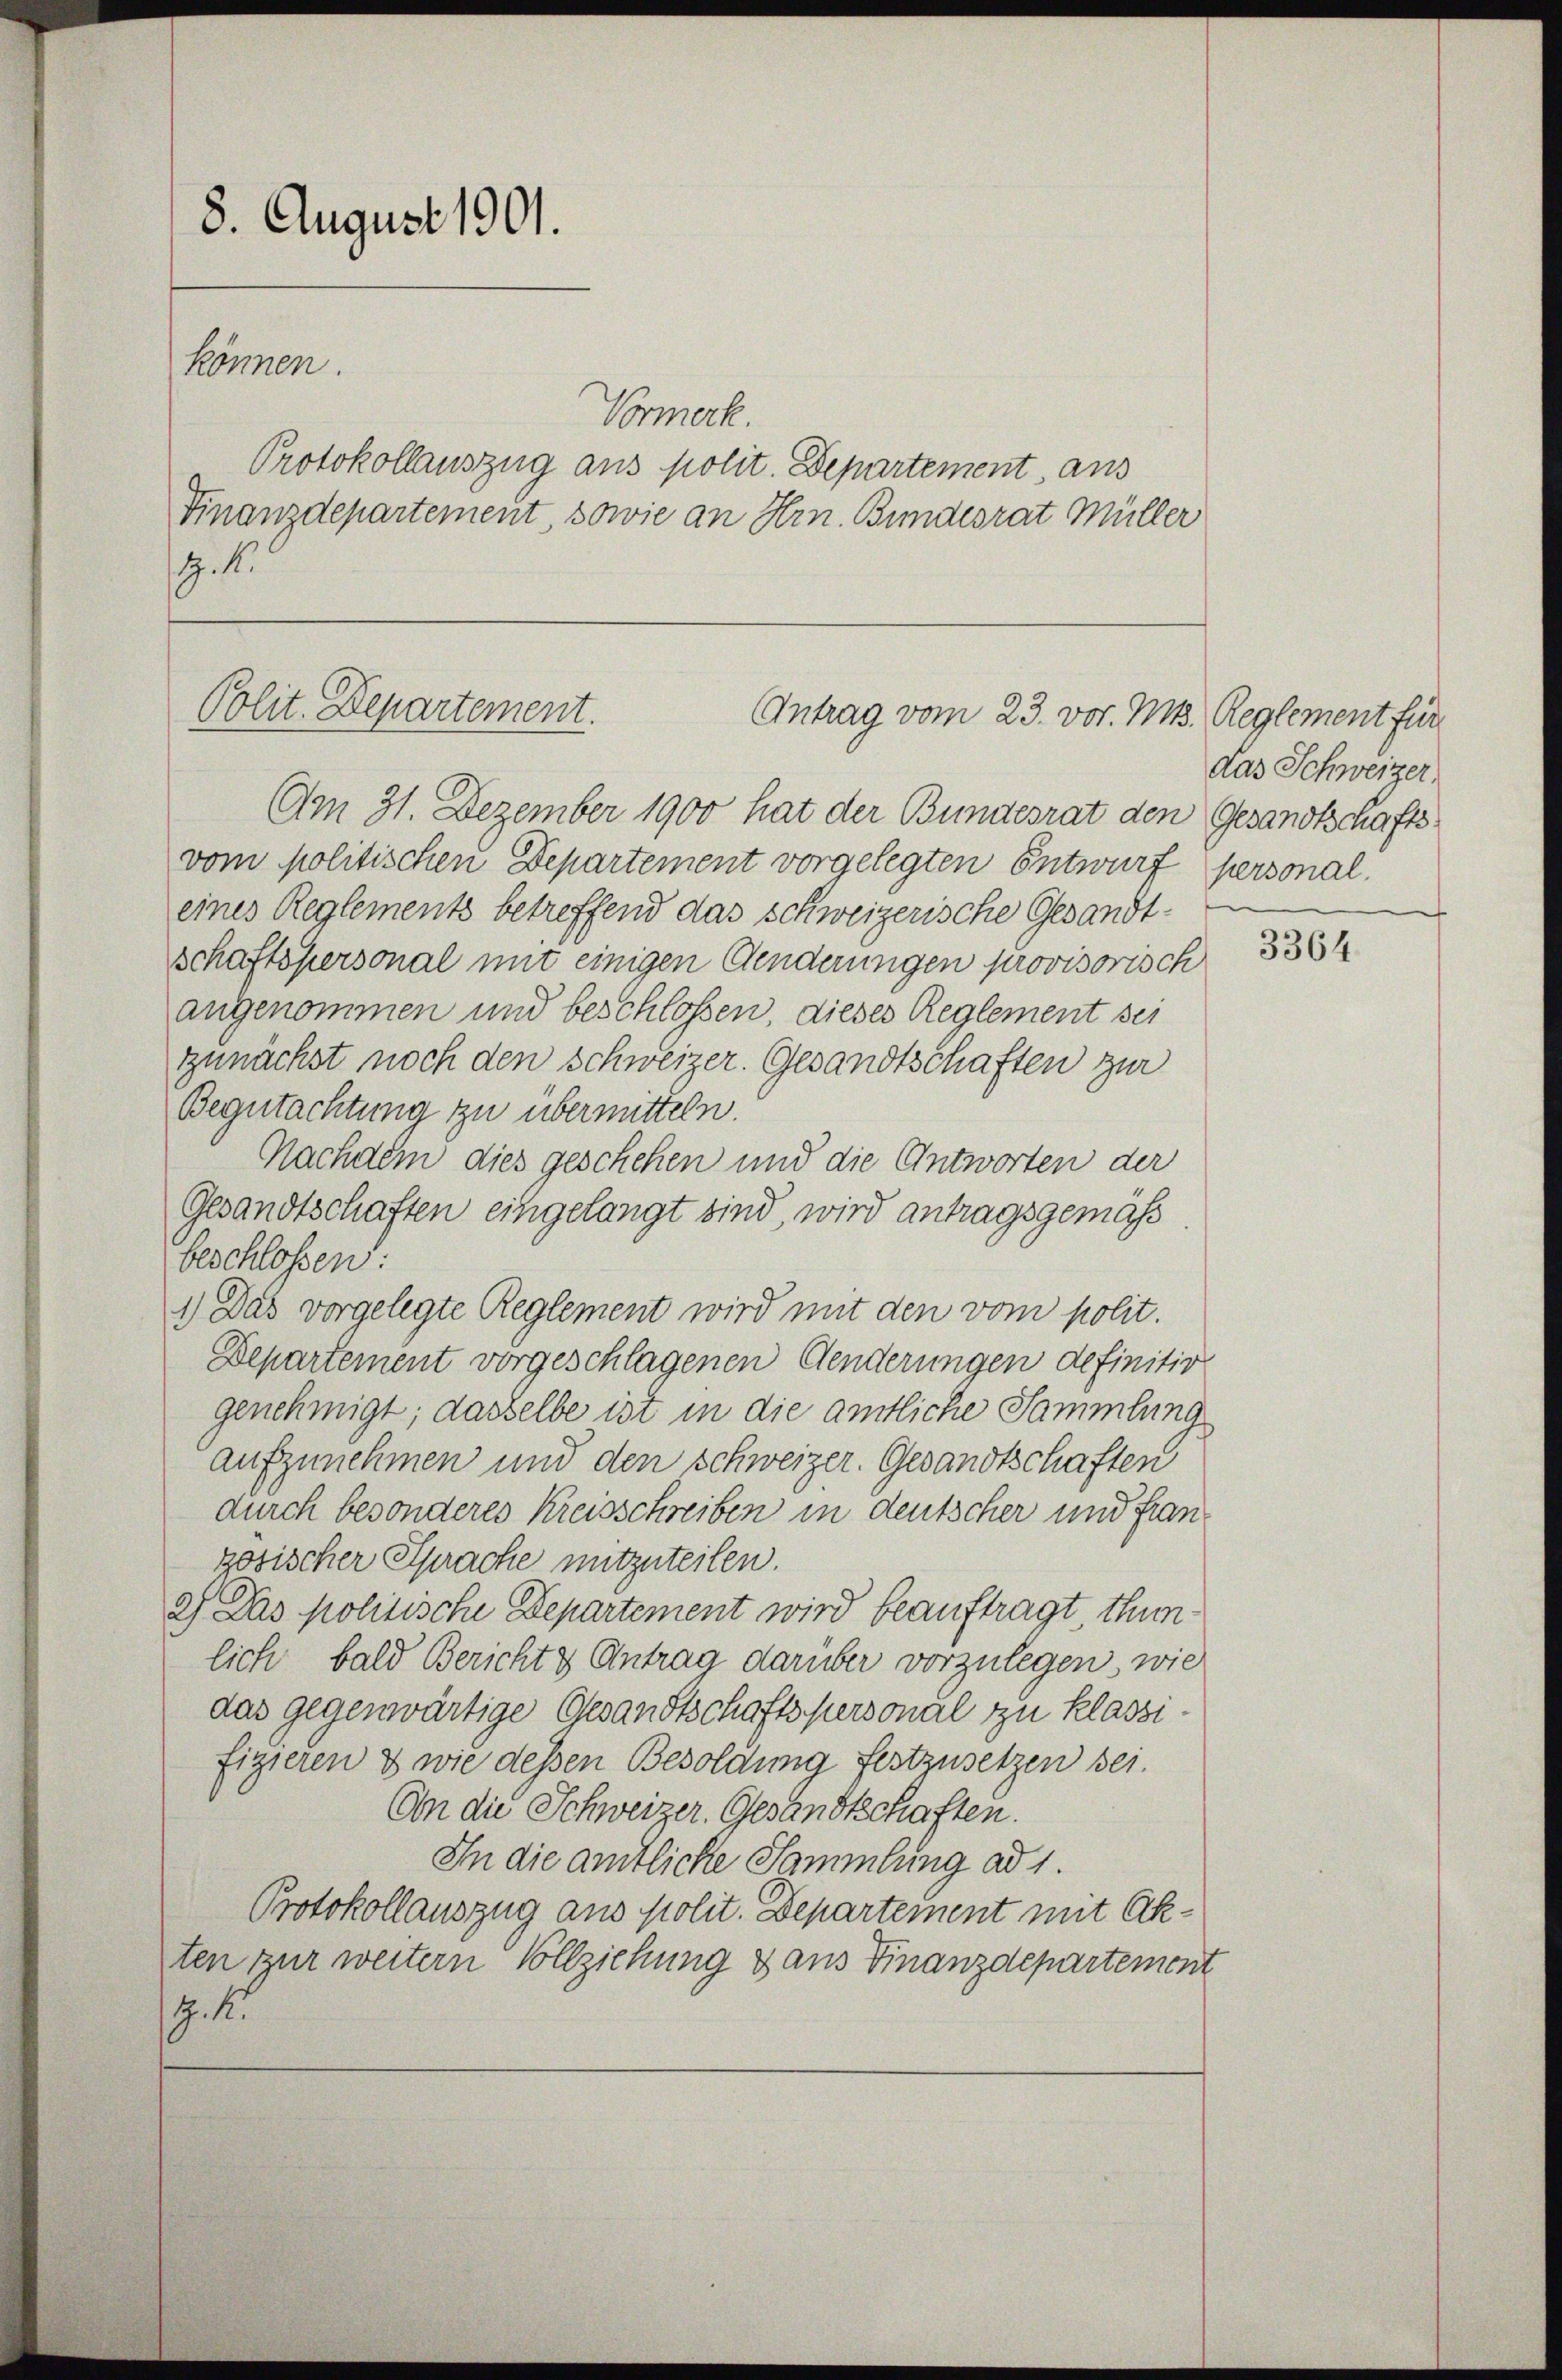
8. August 1901.
können.
Vormerk.
Protokollauszug aus polit. Departement, aus
Finanzdepartement, sowie an Hrn. Bundesrat Müller
. 4.

Am 31. Dezember 1900 hat der Bundesrat den Gesandtschaftsvom politischen Departement vorgelegten Entwurf personaleines Reglements betreffend das schweizerische Gesandtschaftspersonal mit einigen Aenderungen provisorisch
angenommen und beschlossen, dieses Reglement sei
zunächst noch den Schweizer. Gesandtschaften zur
Begutachtung zu übermitteln.
Nachdem dies geschehen und die Antworten der
Gesandtschaften eingelangt sind, wird antragsgemäß
beschlossen:
1.) Das vorgelegte Reglement wird mit den vom polit.
Departement vorgeschlagenen Aenderungen definitiv
genehmigt; dasselbe ist in die amtliche Sammlung
aufzunehmen und den Schweizer. Gesandtschaften
durch besonderes Kreisschreiben in deutscher und Fran
zösischer Sprache mitzuteilen.
2) Das politische Departement wird beauftragt, thunlich bald Bericht & Antrag darüber vorzulegen wie
das gegenwärtige Gesandtschaftspersonal zu klassifizieren & wie dessen Besoldung festzusetzen sei.
An die Schweizer. Gesandtschaften.
In die amtliche Sammlung ad 1.
Protokollauszug aus polit. Departement mit Akten zur weitern Vollziehung dans Finanzdepartement
. 1.

Polit. Departement.
Antrag vom 23. vor. Mts. Reglement für

das Schweizer

3364